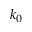
k _ { 0 }